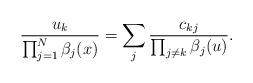
LaTeX: \begin{align*} \frac{u_k}{\prod_{j=1}^N \beta_j(x)} = \sum_{j} \frac{c_{kj}}{\prod_{j\neq k} \beta_j(u)}. \end{align*}